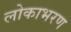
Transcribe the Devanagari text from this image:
लोकाभरण